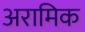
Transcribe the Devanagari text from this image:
अरामिक